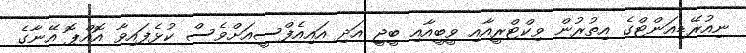
ނިއުރޭޑިއަންޓްގެ އިތުރުން ވިކްޓްރީއާއި ވީބީއާއި ބީޖީ އަދި އައިއެފްސީއަށްވެސް ކުޅެފައިވާ އޮއްޕޮ އޭނާގެ